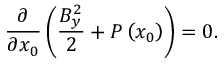
\frac { \partial } { \partial x _ { 0 } } \left( \frac { B _ { y } ^ { 2 } } { 2 } + P \left( x _ { 0 } \right) \right) = 0 .